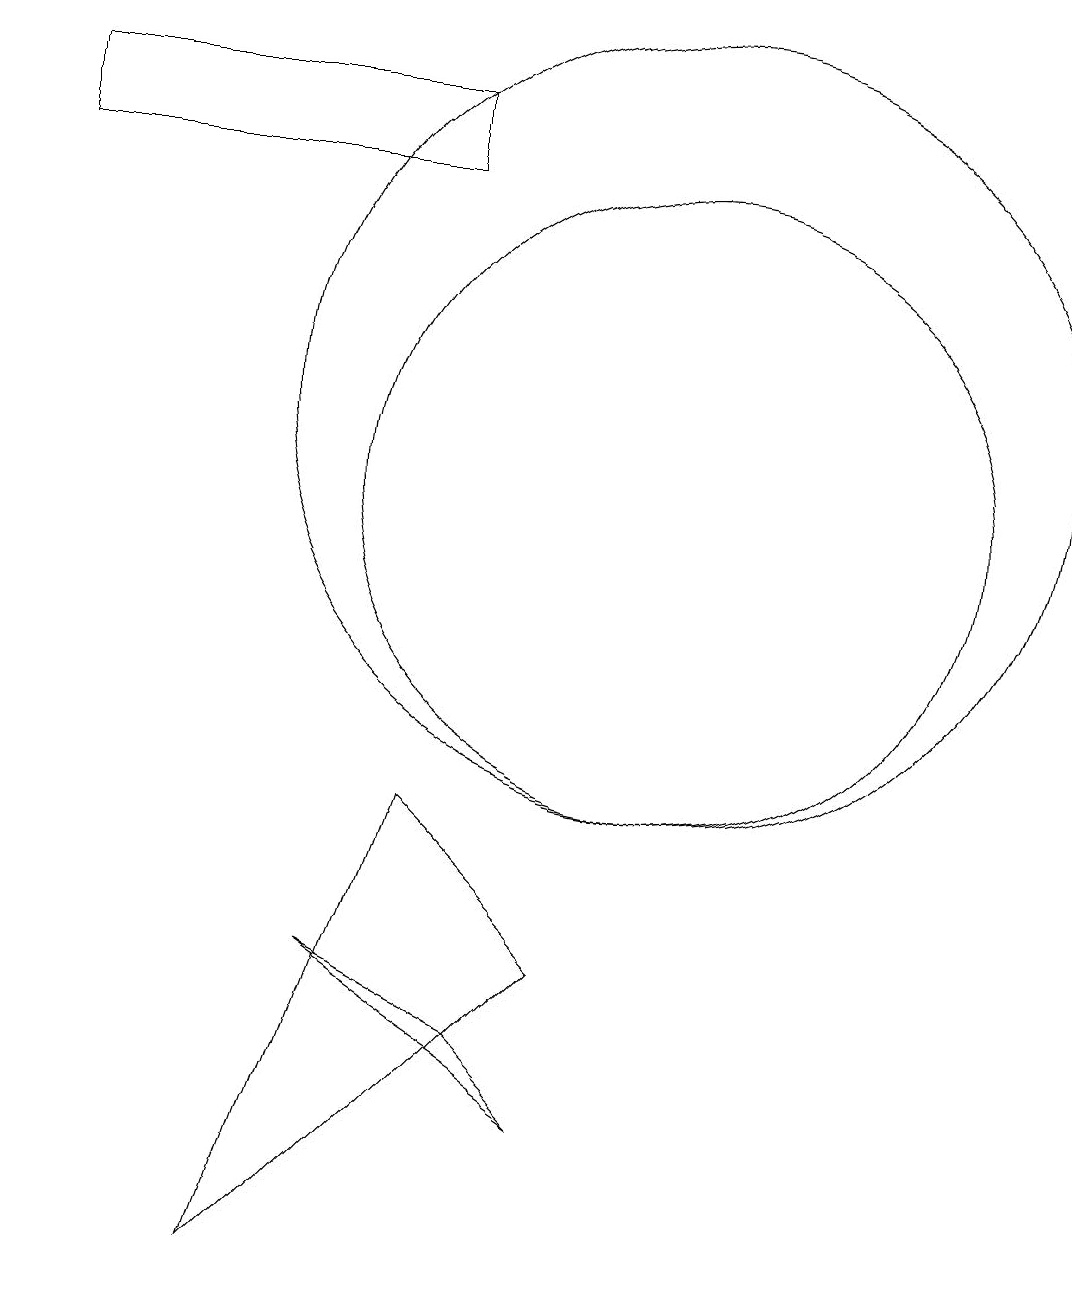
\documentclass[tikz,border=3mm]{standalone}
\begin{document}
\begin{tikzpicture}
\draw (7,15) rectangle (2,14);
\draw (6,4) -- (9,2) -- (8,3) -- cycle;
\draw (10,10) circle (4);
\draw (9,4) -- (5,0) -- (7,6) -- cycle;
\draw (10,11) circle (5);
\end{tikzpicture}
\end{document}